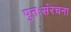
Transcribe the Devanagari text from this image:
पुनःसंरचना